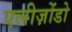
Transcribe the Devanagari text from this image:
एलीज़ोंडो